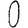
Digit: 0